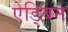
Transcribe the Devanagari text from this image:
ऐड्विन